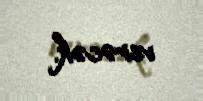
verəcək.